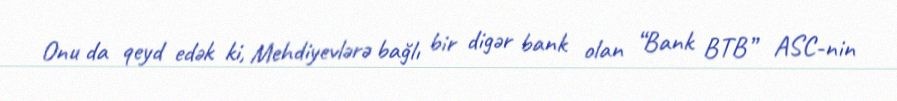
Onu da qeyd edək ki, Mehdiyevlərə bağlı bir digər bank olan “Bank BTB” ASC-nin